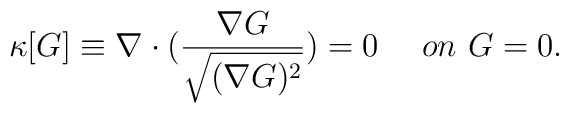
\kappa[G] \equiv \nabla \cdot ( \frac{\nabla G}{\sqrt{(\nabla G)^2}}) = 0 ~~~~ on ~G=0.